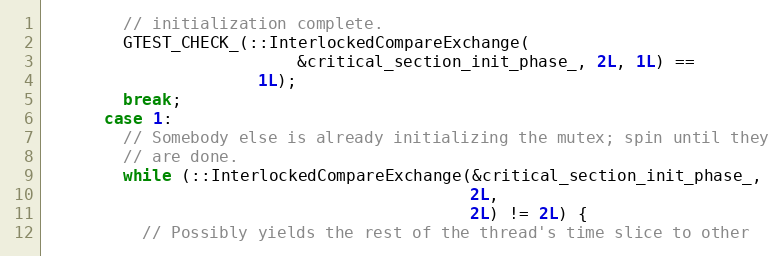
Language: C++
        // initialization complete.
        GTEST_CHECK_(::InterlockedCompareExchange(
                          &critical_section_init_phase_, 2L, 1L) ==
                      1L);
        break;
      case 1:
        // Somebody else is already initializing the mutex; spin until they
        // are done.
        while (::InterlockedCompareExchange(&critical_section_init_phase_,
                                            2L,
                                            2L) != 2L) {
          // Possibly yields the rest of the thread's time slice to other